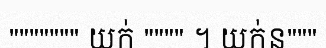
""""""" យក់ """" ។ យក់ន"""